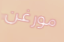
مورغن